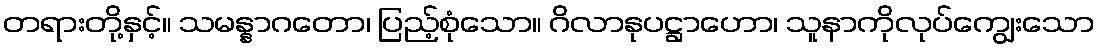
တရားတို့နှင့်။ သမန္နာဂတော၊ ပြည့်စုံသော။ ဂိလာနုပဋ္ဌာဟော၊ သူနာကိုလုပ်ကျွေးသော